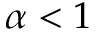
\alpha < 1